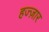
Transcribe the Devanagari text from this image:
हज्ज़ार